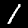
Label: 1